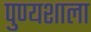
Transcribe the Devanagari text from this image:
पुण्यशाला